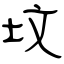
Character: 坟